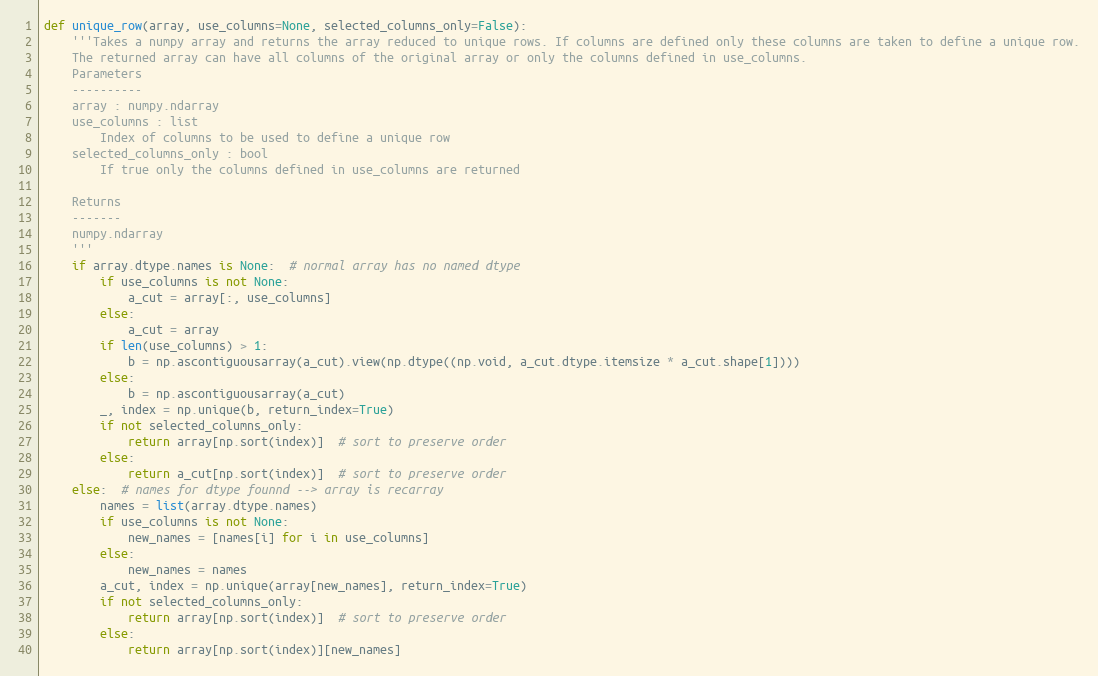
Language: Python
def unique_row(array, use_columns=None, selected_columns_only=False):
    '''Takes a numpy array and returns the array reduced to unique rows. If columns are defined only these columns are taken to define a unique row.
    The returned array can have all columns of the original array or only the columns defined in use_columns.
    Parameters
    ----------
    array : numpy.ndarray
    use_columns : list
        Index of columns to be used to define a unique row
    selected_columns_only : bool
        If true only the columns defined in use_columns are returned

    Returns
    -------
    numpy.ndarray
    '''
    if array.dtype.names is None:  # normal array has no named dtype
        if use_columns is not None:
            a_cut = array[:, use_columns]
        else:
            a_cut = array
        if len(use_columns) > 1:
            b = np.ascontiguousarray(a_cut).view(np.dtype((np.void, a_cut.dtype.itemsize * a_cut.shape[1])))
        else:
            b = np.ascontiguousarray(a_cut)
        _, index = np.unique(b, return_index=True)
        if not selected_columns_only:
            return array[np.sort(index)]  # sort to preserve order
        else:
            return a_cut[np.sort(index)]  # sort to preserve order
    else:  # names for dtype founnd --> array is recarray
        names = list(array.dtype.names)
        if use_columns is not None:
            new_names = [names[i] for i in use_columns]
        else:
            new_names = names
        a_cut, index = np.unique(array[new_names], return_index=True)
        if not selected_columns_only:
            return array[np.sort(index)]  # sort to preserve order
        else:
            return array[np.sort(index)][new_names]